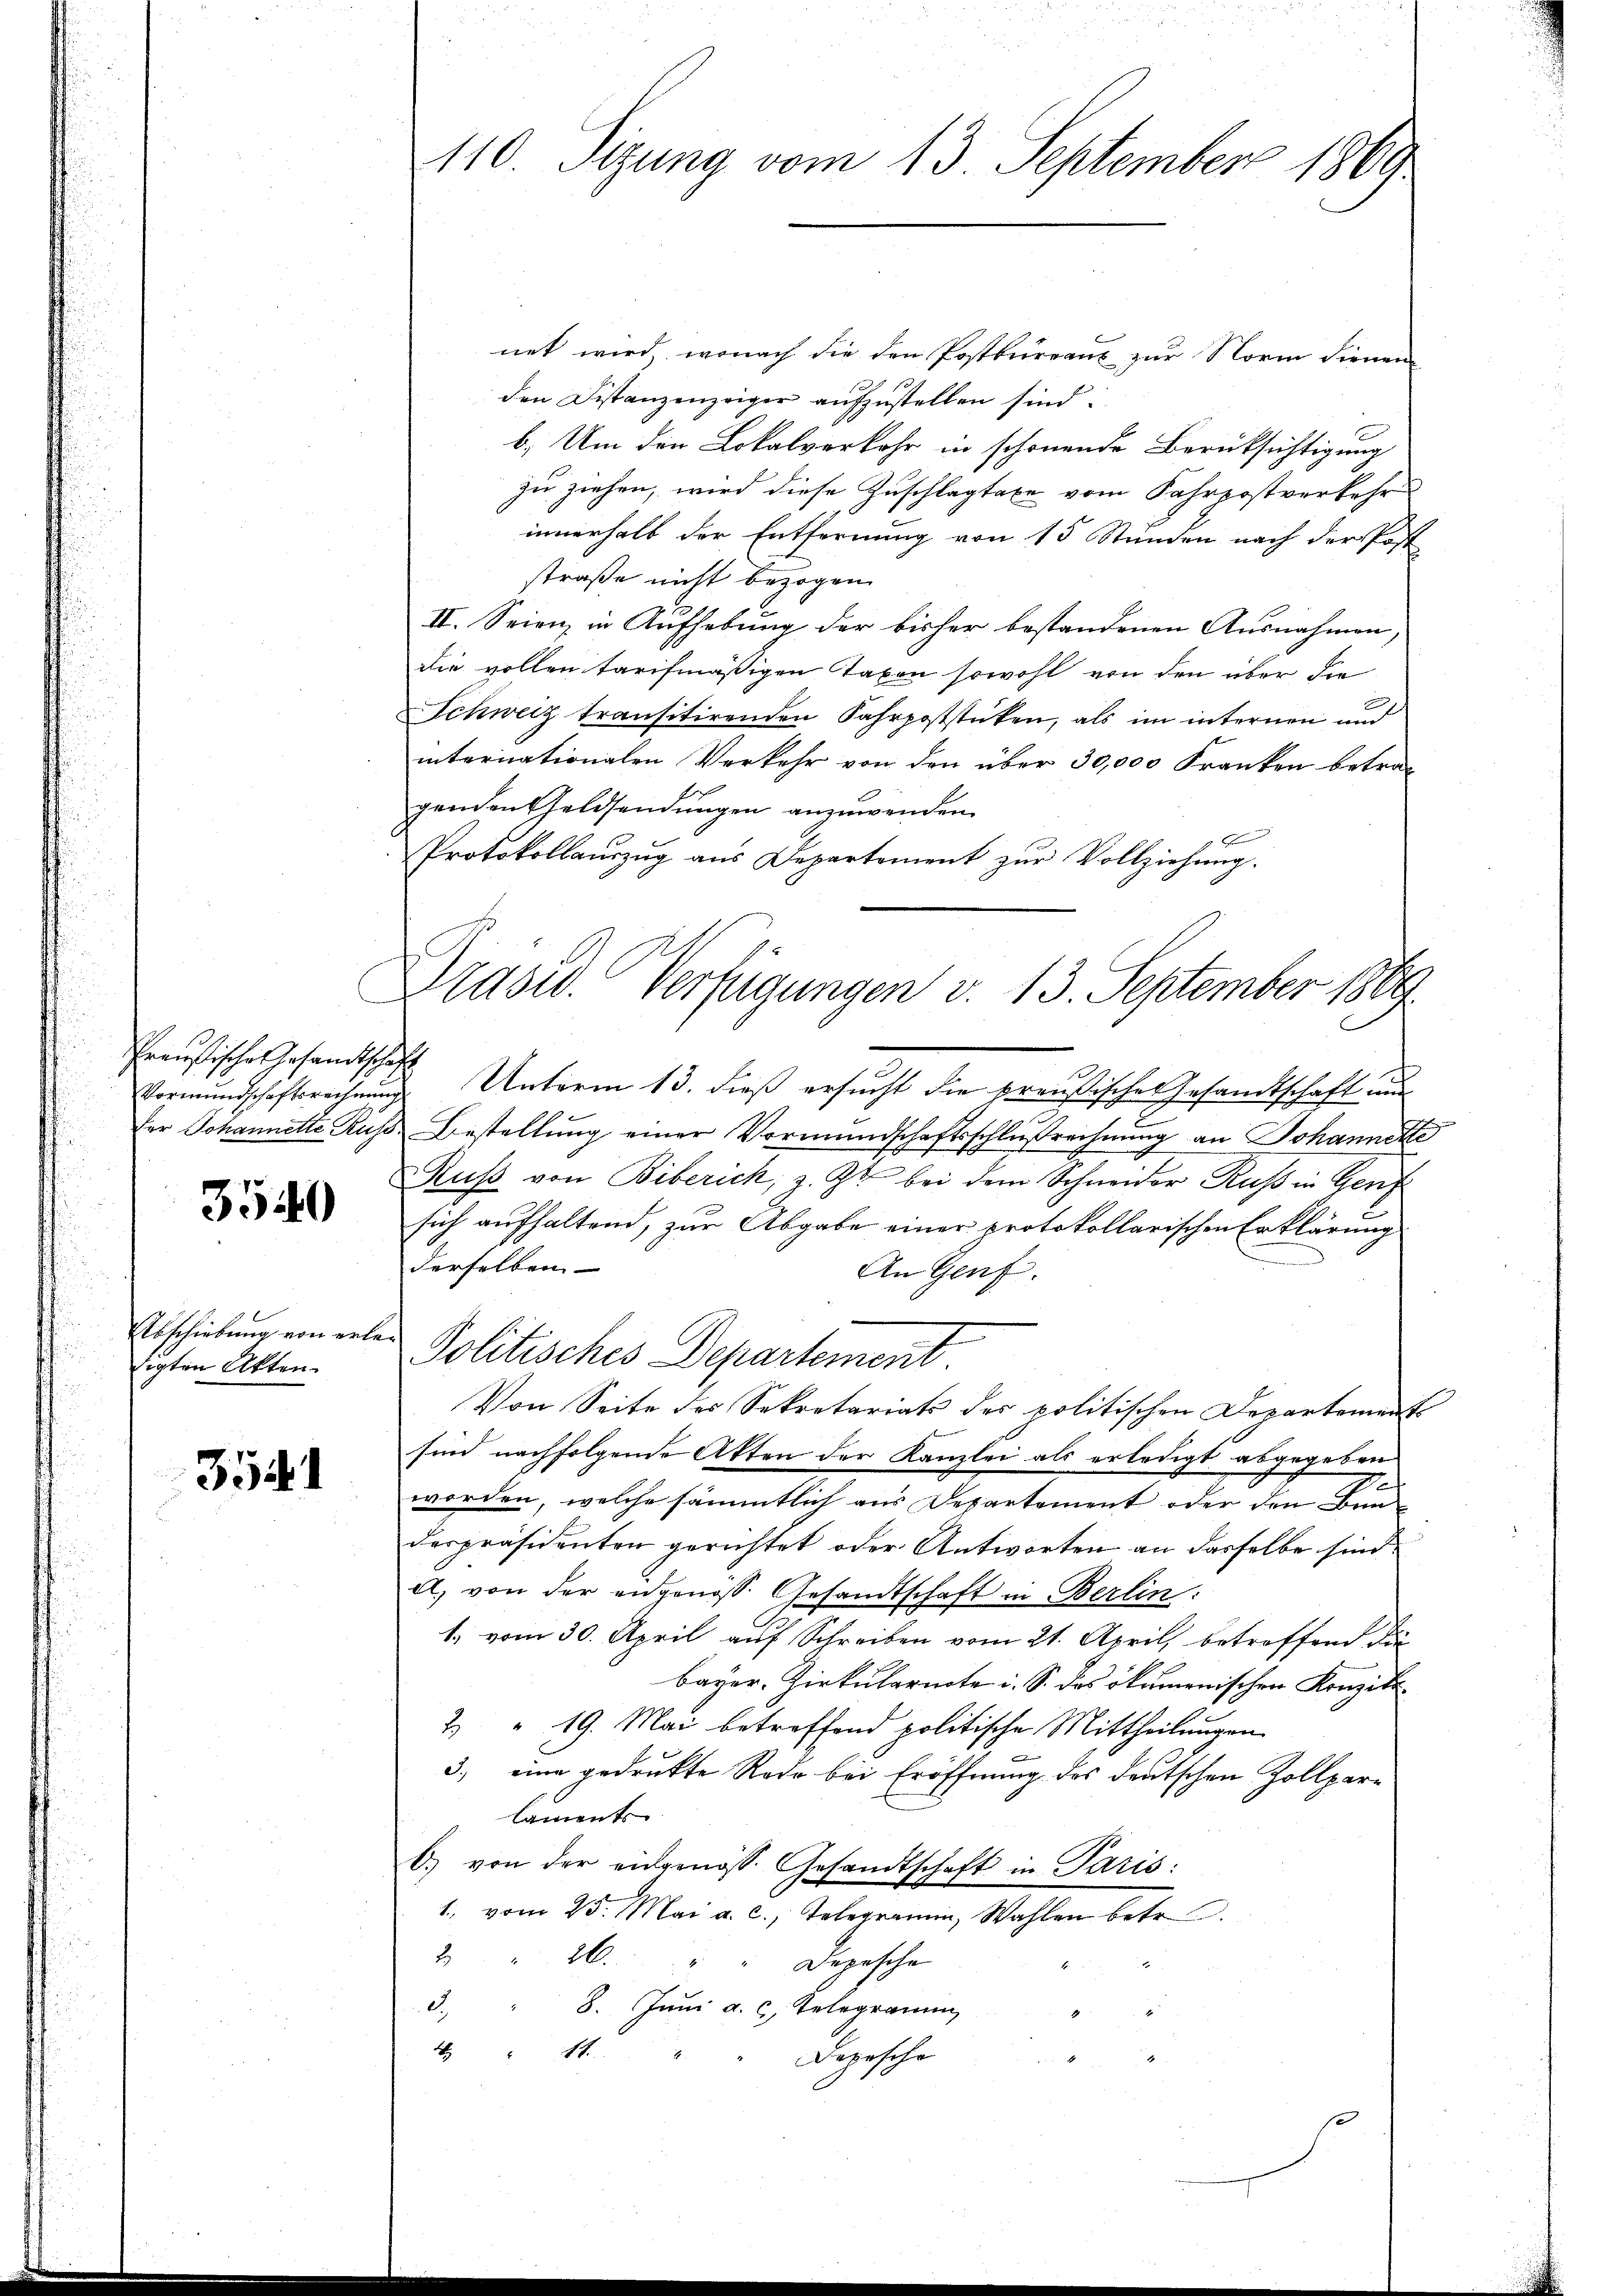
Preußisches Gesandtsche
Vormundschaftsrechnung
fer Johannette Russ

3540

Abschiebung von ert
tigten Akten.

3541

110 Sitzung vom 13. September 1869

net wird, wonach die den Postbureaus zur Norm dienen
den Distanzenzeiger aufzustellen sind.
b. Um den Lokalverkehr in schönende Berücksichtigung
zu ziehen, wird diese Zuschlagtaxe vom Fahrpostverkehr
innerhalb der Entfernung von 15 Stunden nach der Post
straße nicht bezogen.
II. Seien, in Aufhebung der bisher bestandenen Ausnahmen,
die vollen tarifmäßigen Taxen sowohl von den über die
Schweiz transitirenden Fahrpoststücken, als im internen und
internationalen Verkehr von den über 30,000 Franken betragenden Geldsendungen anzuwenden.
E
Protokollaŭszŭg aŭs Departement zŭr Vollziehŭng.
 Unterm 13. dieß ersucht die preußisches Gesandtschaft nur
Bestellung einer Vormundschaftsschlußrechnung an Johannerte
Ruß von Biberich, z. Zt. bei dem Schneider Ruß in Genf
sich aufhaltend, zur Abgabe einer protokollarischen Erklärung
derselben
An Genf.
Politisches Departement.
Von Seite des Sekretariats des politischen Departements
sind nachfolgende Akten der Kanzlei als erledigt abgegeben
I
worden, welche sämmtlich aus Departement oder den Ben
despräsidenten gerichtet oder Antworten an dasselbe sind.
A. von der angenoss. Gesandtschaft in Berlin:
1. vom 30. April auf Schreiben vom 21. April, betreffend die
bayer-Zirkulariate i. S. das ökumenischen Konzilt.
2) " 19. Mai betreffend politische Mittheilungen
3.) eine gedrukte Rede bei Eröffnung des deutschen Zollparlaments
b) von der eidgenöss. Gesandtschaft in Paris:
1., vom 25. Mai a. c., Telegramm, Wahlen betr.
2 " 26. " " Depesche
3. " 8. Juni a. c. Telegramm
" 11.
Deposche

Drasw. Verfügungen v. 13. September 1869